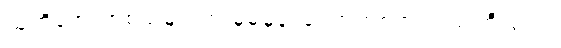
သူတို့အော်ဟစ်သံများက မူမမှန်၊ ကြောက်စရာ့ အသံကြီးတွေ။